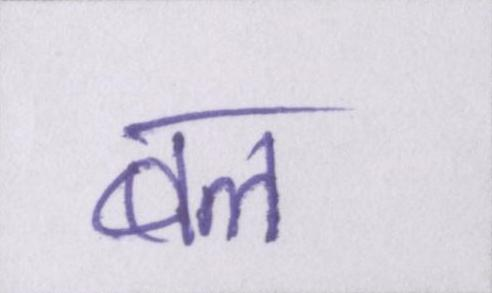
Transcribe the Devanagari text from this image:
बल